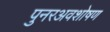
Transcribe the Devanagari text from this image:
पुनरअवशोषण